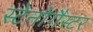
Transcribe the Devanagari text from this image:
स्टेनोगैस्टर